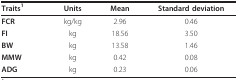
<table><thead><tr><td><b>Traits<sup>1</sup></b></td><td><b>Units</b></td><td><b>Mean</b></td><td><b>Standard deviation</b></td></tr></thead><tbody><tr><td><b>FCR</b></td><td>kg/kg</td><td>2.96</td><td>0.46</td></tr><tr><td><b>FI</b></td><td>kg</td><td>18.56</td><td>3.50</td></tr><tr><td><b>BW</b></td><td>kg</td><td>13.58</td><td>1.46</td></tr><tr><td><b>MMW</b></td><td>kg</td><td>0.42</td><td>0.08</td></tr><tr><td><b>ADG</b></td><td>kg</td><td>0.23</td><td>0.06</td></tr></tbody></table>